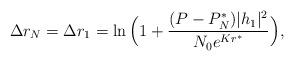
LaTeX: \begin{align*}\Delta r_N =\Delta r_1=\ln \Big(1+\frac{(P-P_N^*)|h_1|^2}{ N_0 e^{Kr^*}}\Big),\end{align*}